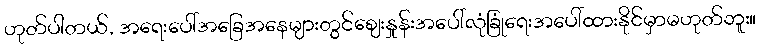
ဟုတ်ပါတယ်, အရေးပေါ်အခြေအနေများတွင်စျေးနှုန်းအပေါ်လုံခြုံရေးအပေါ်ထားနိုင်မှာမဟုတ်ဘူး။